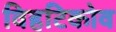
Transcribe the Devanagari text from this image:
विहटिकोव